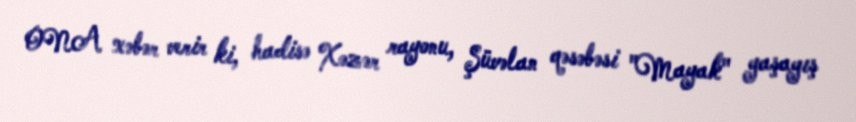
ONA xəbər verir ki, hadisə Xəzər rayonu, Şüvəlan qəsəbəsi "Mayak" yaşayış